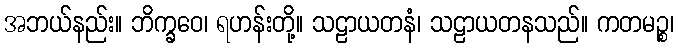
အဘယ်နည်း။ ဘိက္ခဝေ၊ ရဟန်းတို့။ သဠာယတနံ၊ သဠာယတနသည်။ ကတမဉ္စ၊